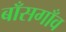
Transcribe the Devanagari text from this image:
बाँसगाँव